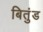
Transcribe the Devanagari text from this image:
बितुंड